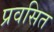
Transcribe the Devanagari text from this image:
प्रवसित